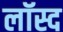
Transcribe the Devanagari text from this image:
लॉस्द